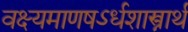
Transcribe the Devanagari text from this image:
वक्ष्यमाणषऽर्धशास्त्रार्थ